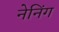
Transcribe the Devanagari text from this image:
नेनिंग